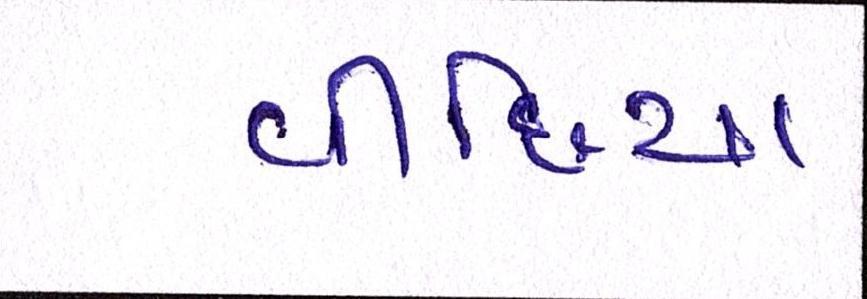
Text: વીંછિયા